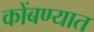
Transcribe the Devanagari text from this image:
कोंबण्यात